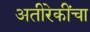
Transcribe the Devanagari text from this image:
अतीरेकींचा